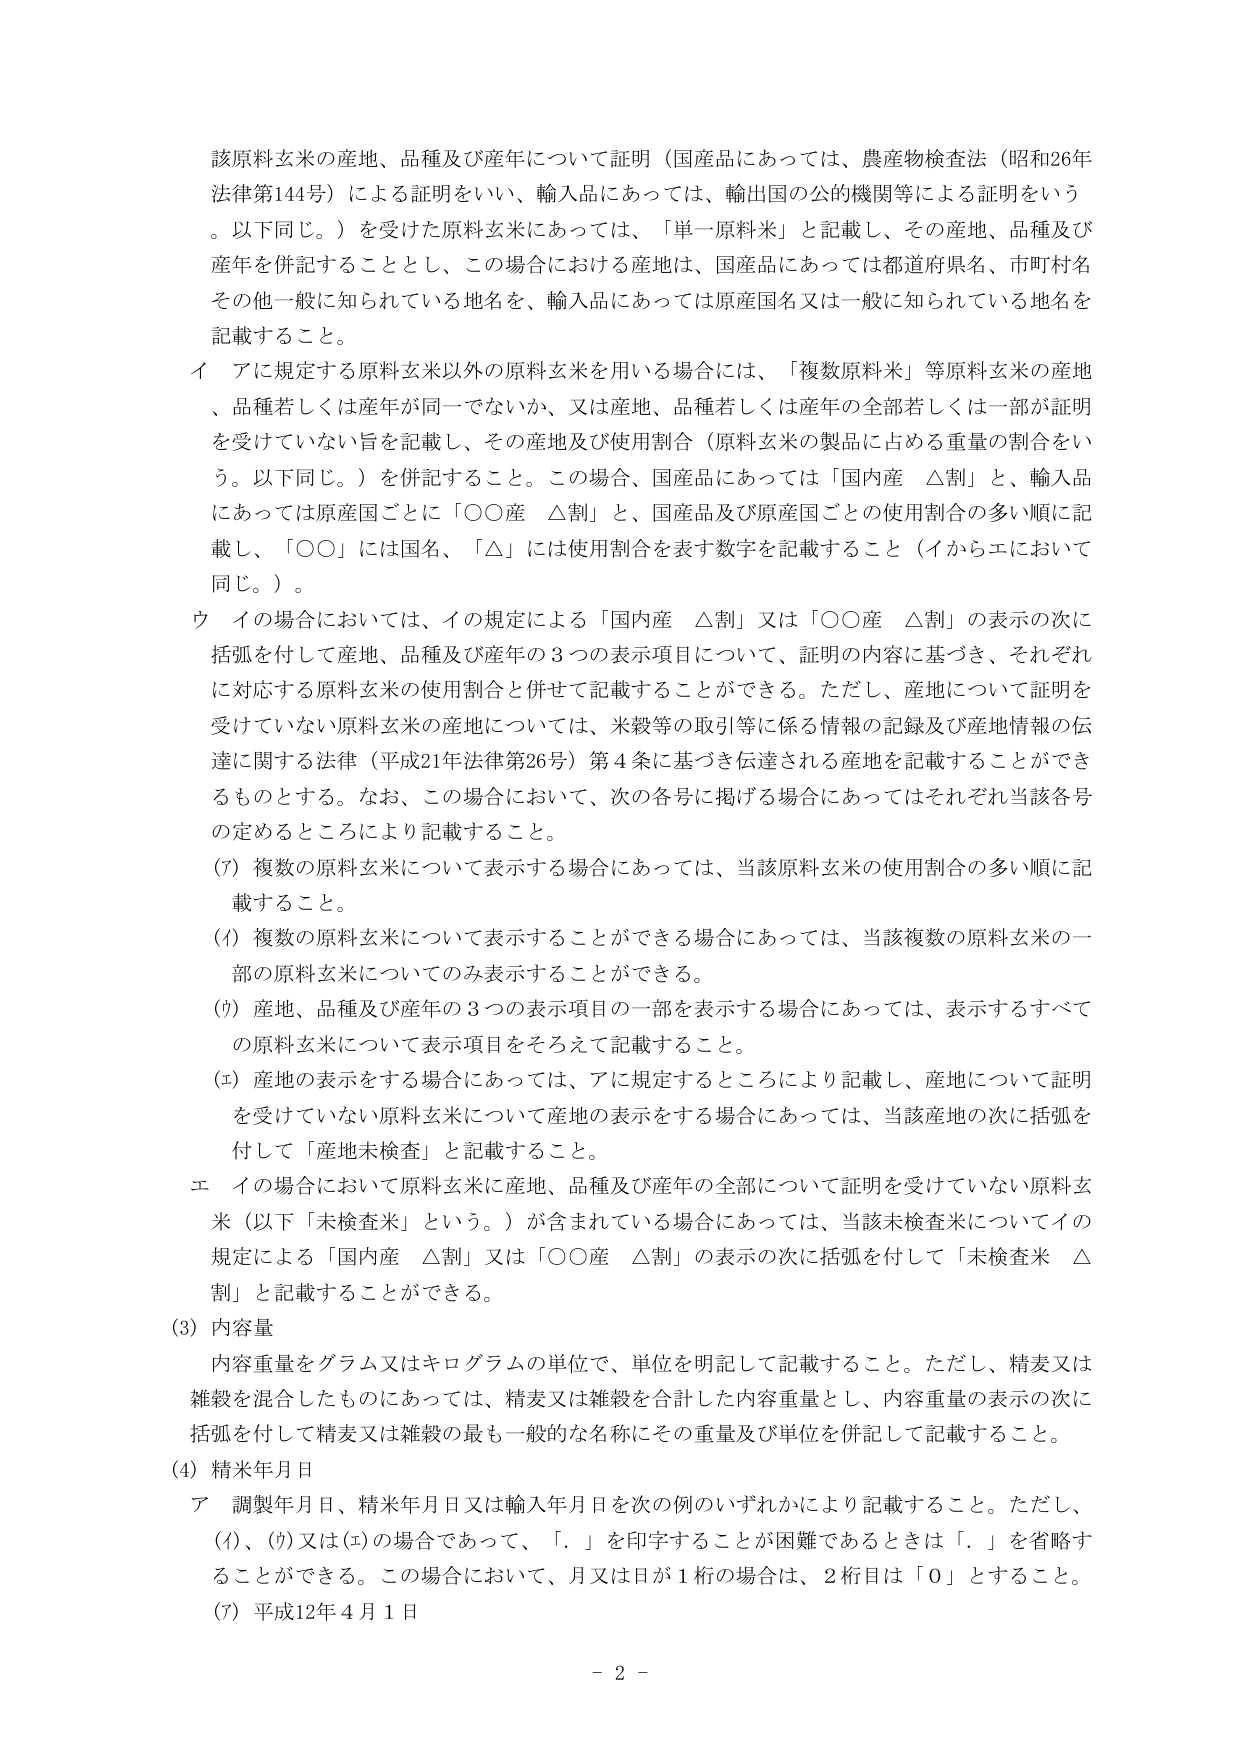
該原料玄米の産地、品種及び産年について証明（国産品にあっては、農産物検査法（昭和26年法律第144号）による証明をいい、輸入品にあっては、輸出国の公的機関等による証明をいう。以下同じ。）を受けた原料玄米にあっては、「単一原料米」と記載し、その産地、品種及び産年を併記することとし、この場合における産地は、国産品にあっては都道府県名、市町村名その他一般に知られている地名を、輸入品にあっては原産国名又は一般に知られている地名を記載すること。

イ アに規定する原料玄米以外の原料玄米を用いる場合には、「複数原料米」等原料玄米の産地、品種若しくは産年が同一でないか、又は産地、品種若しくは産年の全部若しくは一部が証明を受けていない旨を記載し、その産地及び使用割合（原料玄米の製品に占める重量の割合をいう。以下同じ。）を併記すること。この場合、国産品にあっては「国内産 △割」と、輸入品にあっては原産国ごとに「○○産 △割」と、国産品及び原産国ごとの使用割合の多い順に記載し、「○○」には国名、「△」には使用割合を表す数字を記載すること（イからエにおいて同じ。）。

ウ イの場合においては、イの規定による「国内産 △割」又は「○○産 △割」の表示の次に括弧を付して産地、品種及び産年の3つの表示項目について、証明の内容に基づき、それぞれに対応する原料玄米の使用割合と併せて記載することができる。ただし、産地について証明を受けていない原料玄米の産地については、米穀等の取引等に係る情報の記録及び産地情報の伝達に関する法律（平成21年法律第26号）第4条に基づき伝達される産地を記載することができるものとする。なお、この場合において、次の各号に掲げる場合にあってはそれぞれ当該各号の定めるところにより記載すること。

(7) 複数の原料玄米について表示する場合にあっては、当該原料玄米の使用割合の多い順に記載すること。

(イ) 複数の原料玄米について表示することができる場合にあっては、当該複数の原料玄米の一部の原料玄米についてのみ表示することができる。

(ウ) 産地、品種及び産年の3つの表示項目の一部を表示する場合にあっては、表示するすべての原料玄米について表示項目をそろえて記載すること。

(エ) 産地の表示をする場合にあっては、アに規定するところにより記載し、産地について証明を受けていない原料玄米について産地の表示をする場合にあっては、当該産地の次に括弧を付して「産地未検査」と記載すること。

エ イの場合において原料玄米に産地、品種及び産年の全部について証明を受けていない原料玄米（以下「未検査米」という。）が含まれている場合にあっては、当該未検査米についてイの規定による「国内産 △割」又は「○○産 △割」の表示の次に括弧を付して「未検査米 △割」と記載することができる。

(3) 内容量

内容重量をグラム又はキログラムの単位で、単位を明記して記載すること。ただし、精麦又は雑穀を混合したものにあっては、精麦又は雑穀を合計した内容重量とし、内容重量の表示の次に括弧を付して精麦又は雑穀の最も一般的な名称にその重量及び単位を併記して記載すること。

(4) 精米年月日

ア 調製年月日、精米年月日又は輸入年月日を次の例のいずれかにより記載すること。ただし、(イ)、(ウ)又は(エ)の場合であって、「．」を印字することが困難であるときは「．」を省略することができる。この場合において、月又は日が1桁の場合は、2桁目は「0」とすること。

(7) 平成12年4月1日

- 2 -